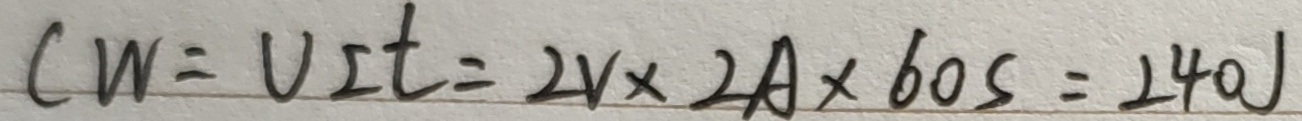
C W = V I t = 2 V \times 2 A \times 6 0 s = 2 4 0 J